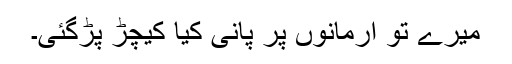
میرے تو ارمانوں پر پانی کیا کیچڑ پڑگئی۔